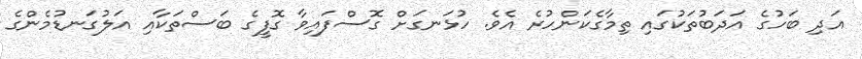
އަދި ބަހުގެ އަދަބުތަކުގައި ތިމާގެކަންހުރެ އެވެ. ހުޅަނގަށް ގޮސްފައިވާ ގޮފީގެ ބަސްތަކާއި އަލުގަނޑުމެންގެ